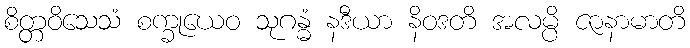
စိတ္တဝိသေသံ စက္ခုယေဝ သုဂန္ဓံ နဒီယာ နိဝဒတိ အလမ္ပိ ဇာနာမာတိ